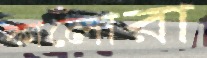
কালোরা